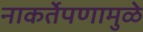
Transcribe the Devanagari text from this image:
नाकर्तेपणामुळे